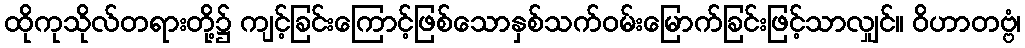
ထိုကုသိုလ်တရားတို့၌ ကျင့်ခြင်းကြောင့်ဖြစ်သောနှစ်သက်ဝမ်းမြောက်ခြင်းဖြင့်သာလျှင်။ ဝိဟာတဗ္ဗံ၊